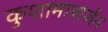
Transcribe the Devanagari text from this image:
कुशामापार्जन